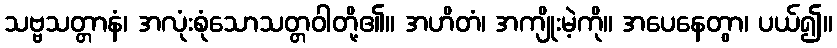
သဗ္ဗသတ္တာနံ၊ အလုံးစုံသောသတ္တဝါတို့၏။ အဟိတံ၊ အကျိုးမဲ့ကို။ အပေနေတွာ၊ ပယ်၍။